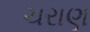
ચરાણ